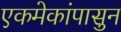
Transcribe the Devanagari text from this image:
एकमेकांपासुन